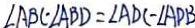
\angle A B C - \angle A B D = \angle A D C - \angle A D B